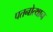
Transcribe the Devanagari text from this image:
पतनोत्थान